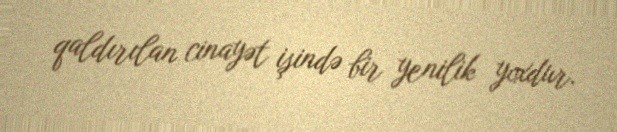
qaldırılan cinayət işində bir yenilik yoxdur.